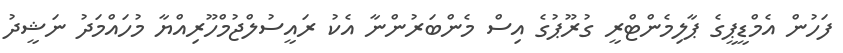
ފަހުން އެމްޑީޕީގެ ޕާލިމެންޓްރީ ގުރޫޕުގެ އިސް މެންބަރުންނާ އެކު ރައީސުލްޖުމްހޫރިއްޔާ މުހައްމަދު ނަޝީދު